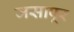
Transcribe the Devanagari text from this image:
जसापूर